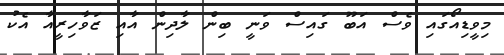
މިވީޑިއޯގައި ވެސް އަބޫ ގައިސް ވަނީ ބިން ލާދިން އާއި ޒަވާހިރީއާ އެކު